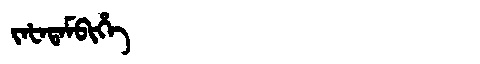
Manchu: ᠵᠠᡶᠠᡨᠠᠮᠪᡳᡥᡝ
Romanization: JAFATAMBIHE